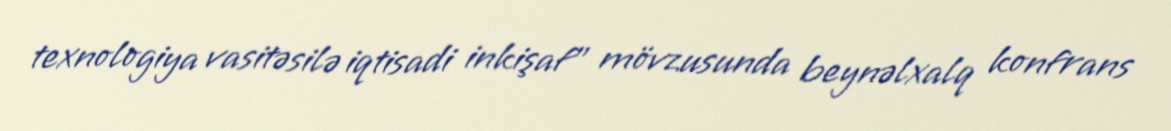
texnologiya vasitəsilə iqtisadi inkişaf" mövzusunda beynəlxalq konfrans